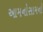
આમનોસામનો